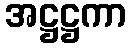
အဋ္ဌဋ္ဌကာ